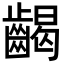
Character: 𪘹